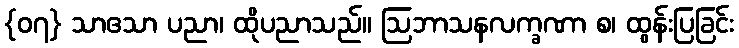
{၀၇} သာဧသာ ပညာ၊ ထိုပညာသည်။ ဩဘာသနလက္ခဏာ စ၊ ထွန်းပြခြင်း